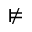
\nvDash